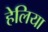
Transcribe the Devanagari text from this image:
हेलिया